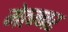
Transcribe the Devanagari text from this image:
मेत्ज्नर